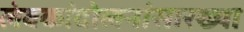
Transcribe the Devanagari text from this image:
लंबकांदोलनांसारख्या